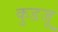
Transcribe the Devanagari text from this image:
कुडजू